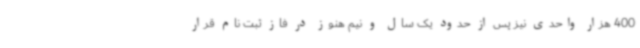
400 هزار واحدی نیز پس از حدود یک سال و نیم هنوز در فاز ثبت نام قرار